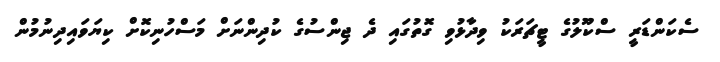
ސެކަންޑަރީ ސްކޫލުގެ ޓީޗަރަކު ވިދާޅުވި ގޮތުގައި ދެ ޖިންސުގެ ކުދިންނަށް މަސްހުނިކޮށް ކިޔަވައިދިނުމުން